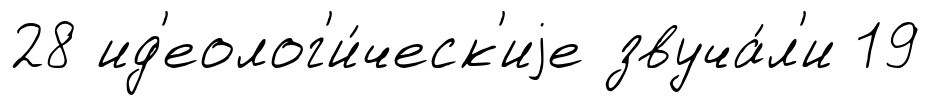
28 ид'еолог'и́ческ'иjе звуча́л'и 19